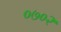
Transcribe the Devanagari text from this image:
०७०२